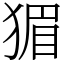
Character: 猸